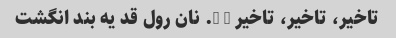
تاخیر، تاخیر، تاخیر … …. نان رول قد یه بند انگشت